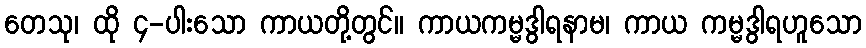
တေသု၊ ထို ၄-ပါးသော ကာယတို့တွင်။ ကာယကမ္မဒွါရနာမ၊ ကာယ ကမ္မဒွါရဟူသော